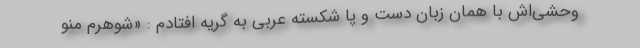
وحشی‌اش با همان زبان دست و پا شکسته عربی به گریه افتادم : «شوهرم منو